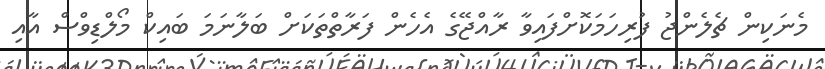
މެނަކިން ޗެލެންޖު ފުރިހަމަކޮށްފައިވާ ރާއްޖޭގެ އެހެން ފަރާތްތަކަށް ބަލާނަމަ ބައިކް މޯލްޑިވްސް އާއި